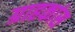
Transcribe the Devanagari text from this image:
ग्राहकांस